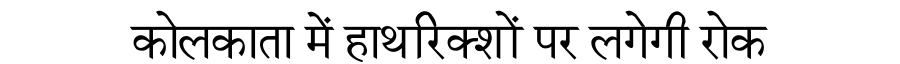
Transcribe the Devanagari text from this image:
कोलकाता में हाथरिक्शों पर लगेगी रोक